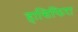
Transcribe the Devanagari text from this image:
हासिफिरा